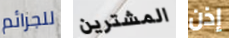
للجرائم المشترين إذن